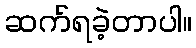
ဆက်ရခဲ့တာပါ။